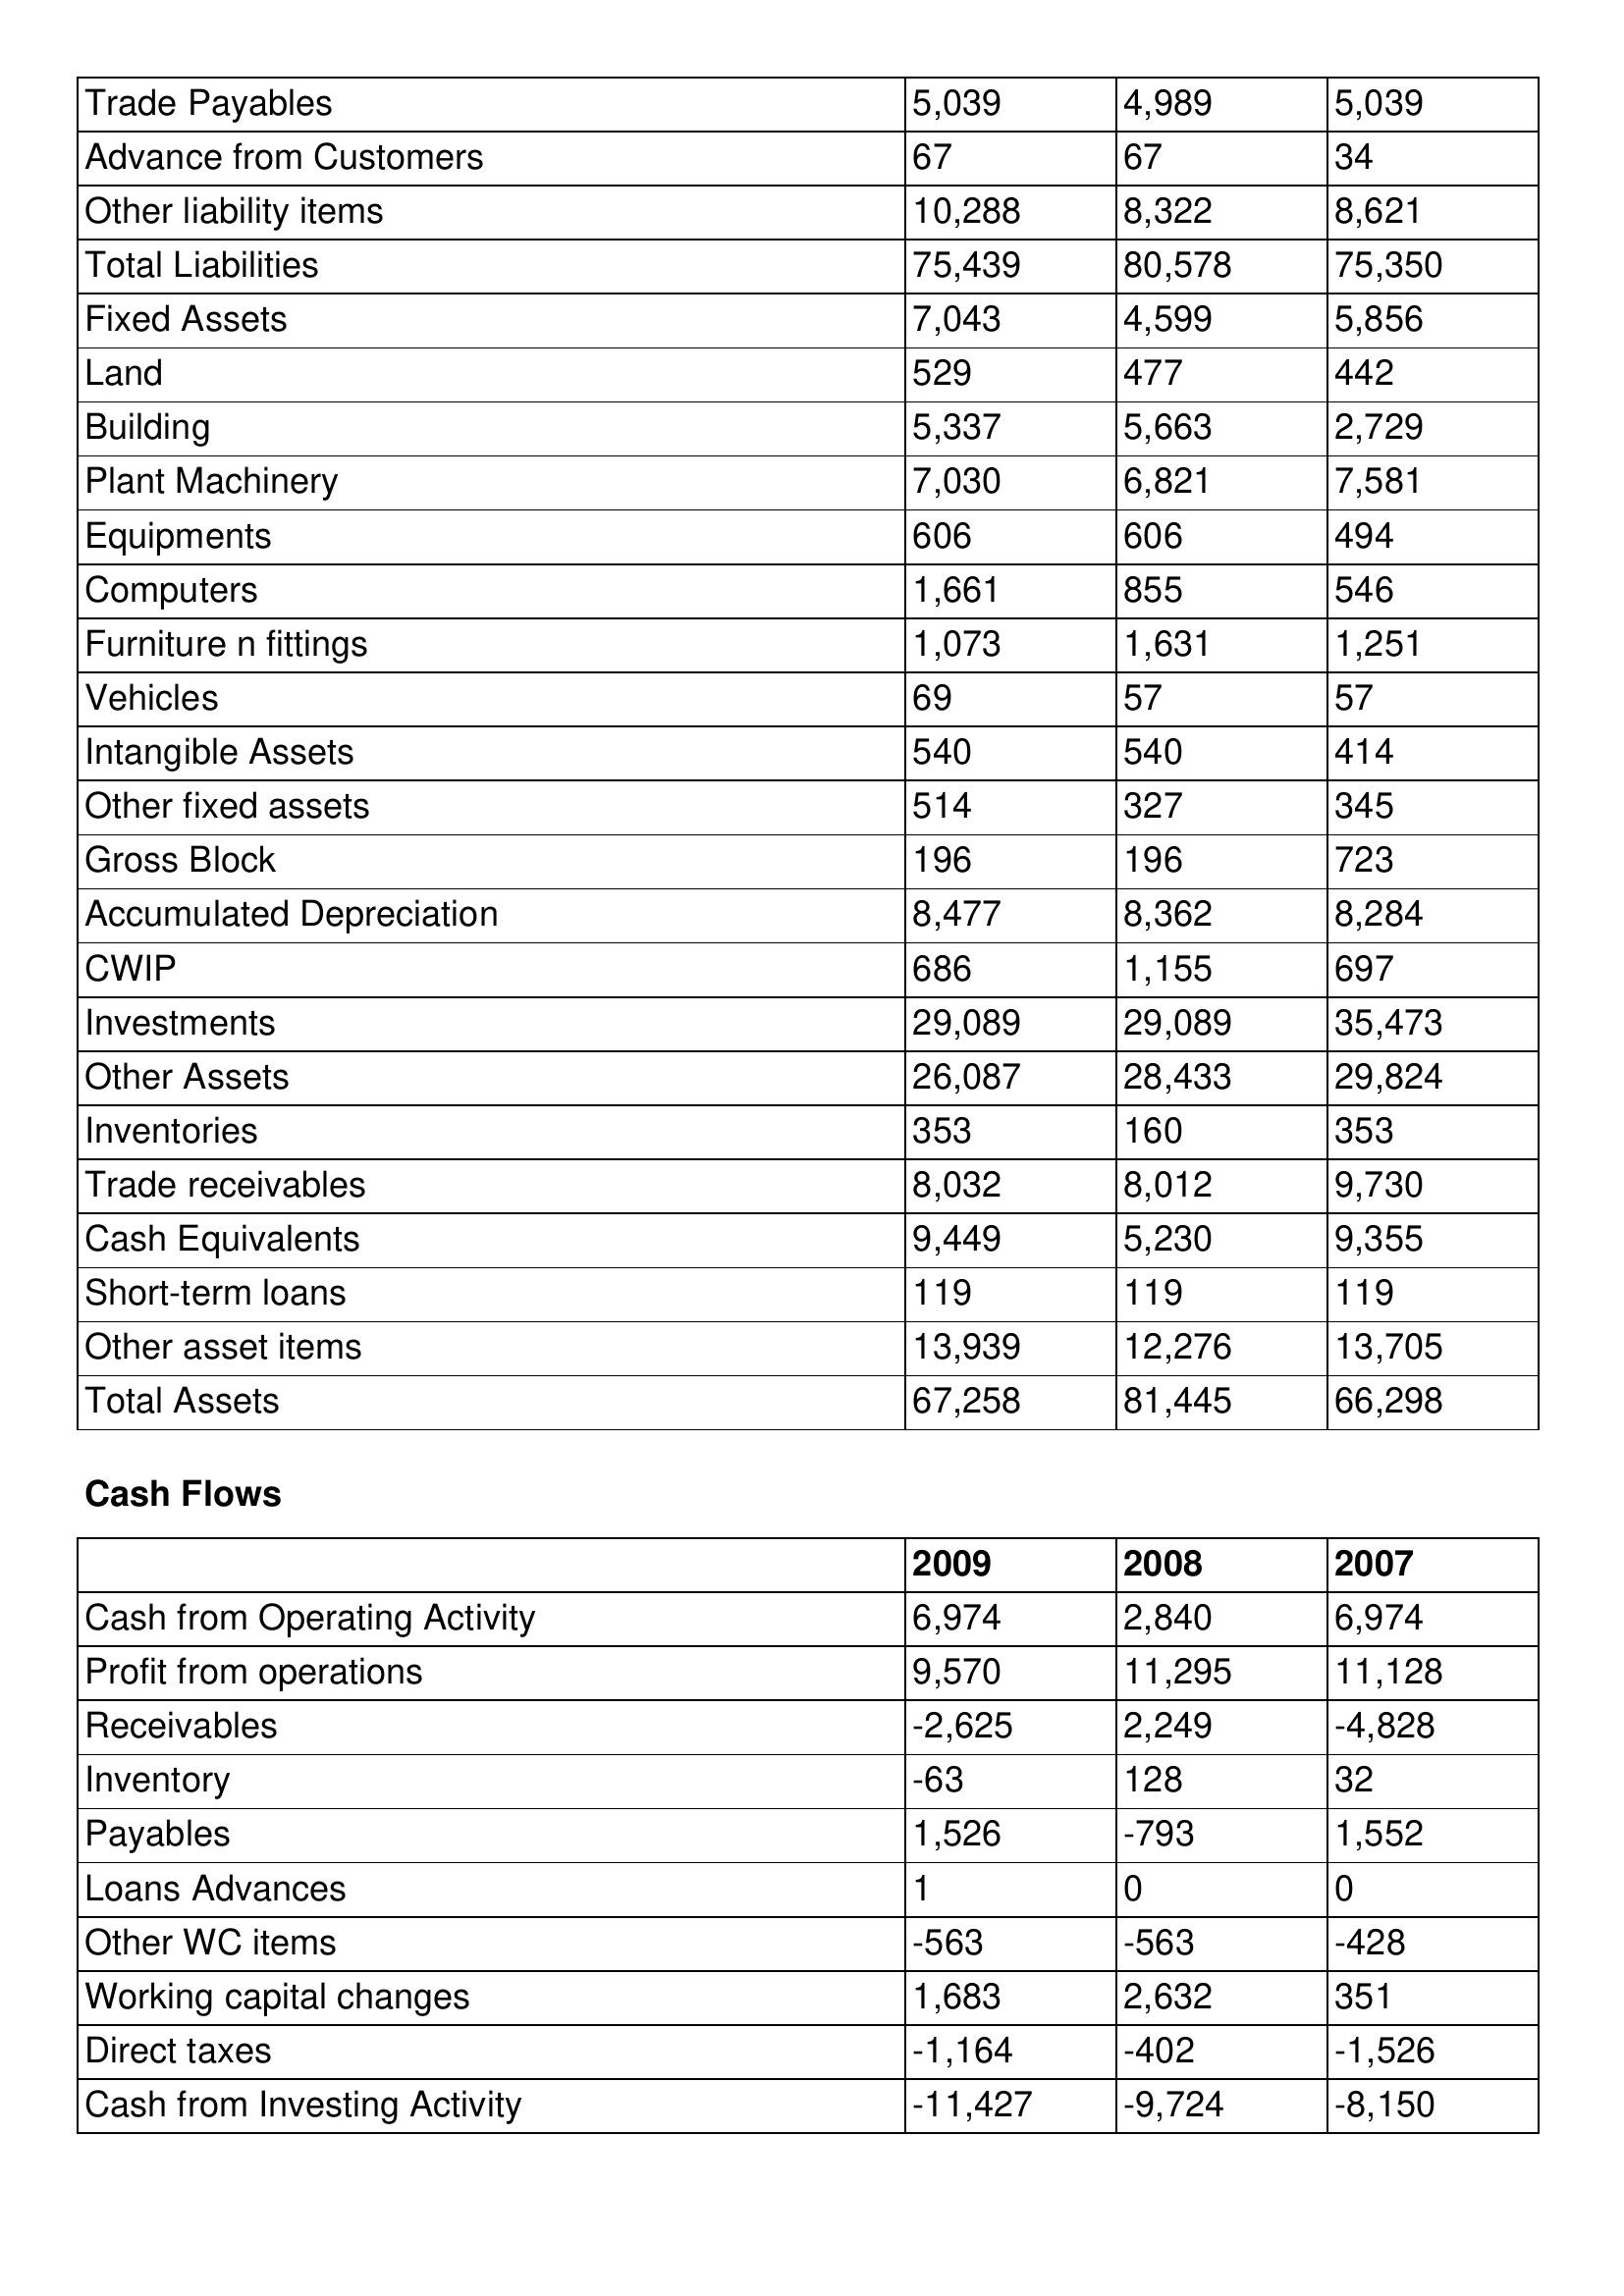
gt_parse: 2009: Balance Sheet: Trade Payables: 5,039
Advance from Customers: 67
Other liability items: 10,288
Total Liabilities: 75,439
Fixed Assets: 7,043
Land: 529
Building: 5,337
Plant Machinery: 7,030
Equipments: 606
Computers: 1,661
Furniture n fittings: 1,073
Vehicles: 69
Intangible Assets: 540
Other fixed assets: 514
Gross Block: 196
Accumulated Depreciation: 8,477
CWIP: 686
Investments: 29,089
Other Assets: 26,087
Inventories: 353
Trade receivables: 8,032
Cash Equivalents: 9,449
Short-term loans: 119
Other asset items: 13,939
Total Assets: 67,258
Cash Flows: Cash from Operating Activity: 6,974
Profit from operations: 9,570
Receivables: -2,625
Inventory: -63
Payables: 1,526
Loans Advances: 1
Other WC items: -563
Working capital changes: 1,683
Direct taxes: -1,164
Cash from Investing Activity: -11,427
2008: Balance Sheet: Trade Payables: 4,989
Advance from Customers: 67
Other liability items: 8,322
Total Liabilities: 80,578
Fixed Assets: 4,599
Land: 477
Building: 5,663
Plant Machinery: 6,821
Equipments: 606
Computers: 855
Furniture n fittings: 1,631
Vehicles: 57
Intangible Assets: 540
Other fixed assets: 327
Gross Block: 196
Accumulated Depreciation: 8,362
CWIP: 1,155
Investments: 29,089
Other Assets: 28,433
Inventories: 160
Trade receivables: 8,012
Cash Equivalents: 5,230
Short-term loans: 119
Other asset items: 12,276
Total Assets: 81,445
Cash Flows: Cash from Operating Activity: 2,840
Profit from operations: 11,295
Receivables: 2,249
Inventory: 128
Payables: -793
Loans Advances: 0
Other WC items: -563
Working capital changes: 2,632
Direct taxes: -402
Cash from Investing Activity: -9,724
2007: Balance Sheet: Trade Payables: 5,039
Advance from Customers: 34
Other liability items: 8,621
Total Liabilities: 75,350
Fixed Assets: 5,856
Land: 442
Building: 2,729
Plant Machinery: 7,581
Equipments: 494
Computers: 546
Furniture n fittings: 1,251
Vehicles: 57
Intangible Assets: 414
Other fixed assets: 345
Gross Block: 723
Accumulated Depreciation: 8,284
CWIP: 697
Investments: 35,473
Other Assets: 29,824
Inventories: 353
Trade receivables: 9,730
Cash Equivalents: 9,355
Short-term loans: 119
Other asset items: 13,705
Total Assets: 66,298
Cash Flows: Cash from Operating Activity: 6,974
Profit from operations: 11,128
Receivables: -4,828
Inventory: 32
Payables: 1,552
Loans Advances: 0
Other WC items: -428
Working capital changes: 351
Direct taxes: -1,526
Cash from Investing Activity: -8,150